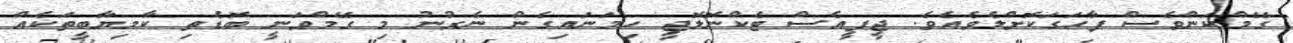
ގޭމްކަންވެސް ފާހަގަކޮށްލެވެއެވެ. ޖީޕީއެސް ޓެކްނޮލޮޖީ ހިމަނައިގެން ނެރުނު މި ގޭމްވަނީ ބޮޑެތި ކާމިޔާބީތަކެއް